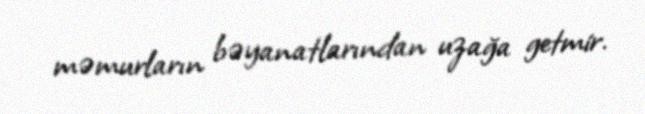
məmurların bəyanatlarından uzağa getmir.